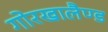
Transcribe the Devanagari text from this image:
गोरखालैण्ड